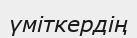
үміткердің